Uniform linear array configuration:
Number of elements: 4
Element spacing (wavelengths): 1
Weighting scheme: binomial
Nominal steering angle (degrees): -15
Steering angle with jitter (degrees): -16.879
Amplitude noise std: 0.05
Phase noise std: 0.05

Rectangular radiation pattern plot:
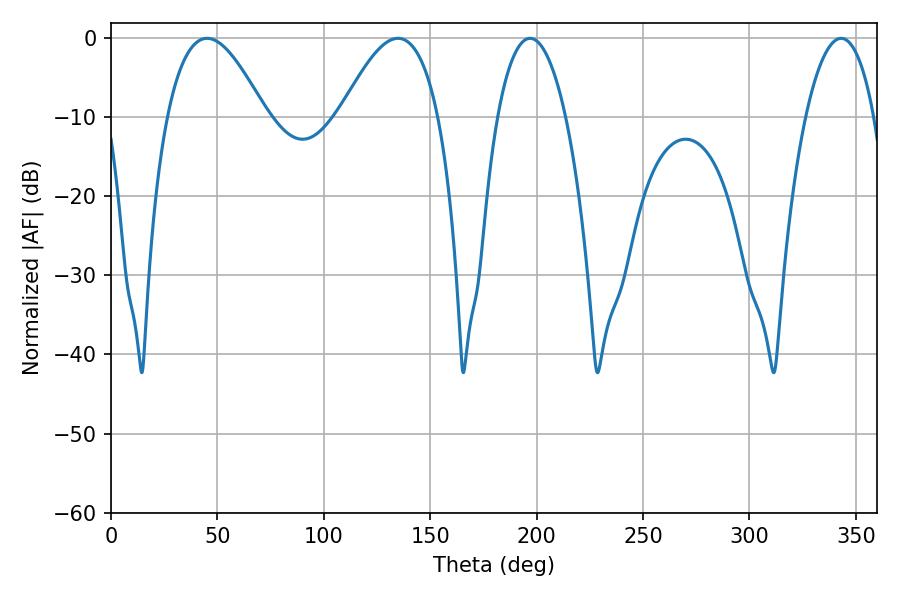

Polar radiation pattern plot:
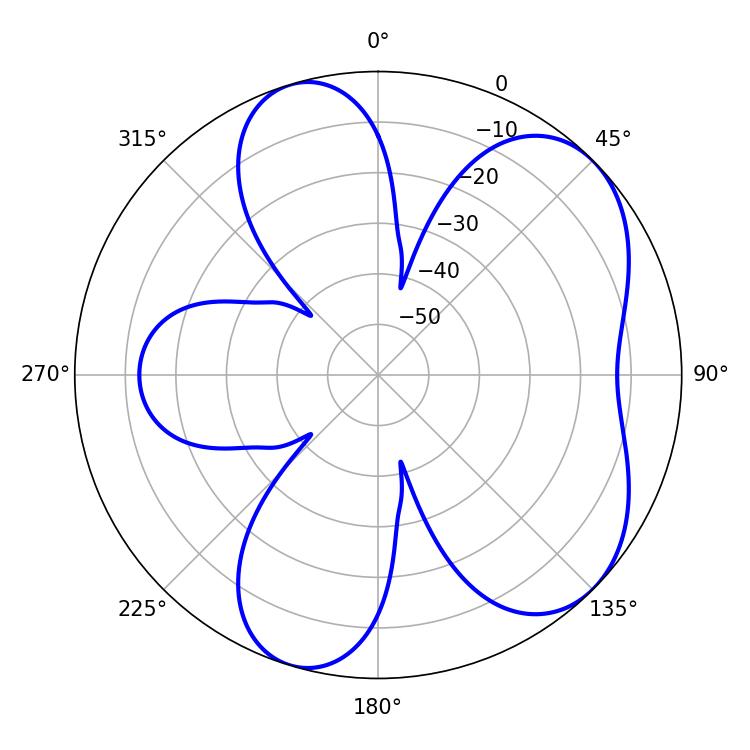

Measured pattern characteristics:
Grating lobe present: TRUE
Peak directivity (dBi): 6.042
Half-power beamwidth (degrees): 18
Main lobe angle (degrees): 196.92